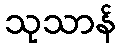
သုသာန်